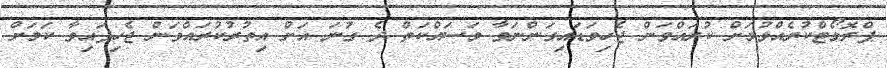
ޕްރޮމޯޓްކުރެއްވުމަށް ކުރައްވަން ޖެހިވަޑައިގަންނަވާ މަސައްކަތް ދެ ގުނަ އަށް އިތުރުކުރައްވަން ޖެހިފައިވާ ކަމަށް